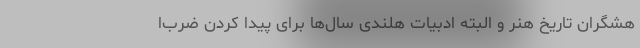
هشگران تاریخ هنر و البته ادبیات هلندی سال‌ها برای پیدا کردن ضرب‌ا